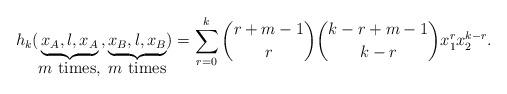
LaTeX: \begin{align*}h_k(\underbrace{x_A,\l,x_A}_{\hbox{$m$ times,}}, \underbrace{x_B,\l,x_B}_{\hbox{$m$ times}})= \sum_{r=0}^k {r+m-1 \choose r} {k-r+m-1\choose k-r}x_1^r x_2^{k-r}.\end{align*}